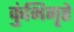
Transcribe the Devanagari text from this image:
कुंभिगृहे